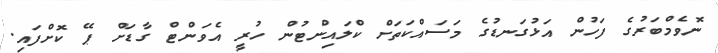
ނޮވެމްބަރުގެ ފަހުން އަޅުގަނޑުގެ މަސައްކަތަށް ކްލައިންޓުން ހުރީ އެވަންޓް ގާޑަށް ޕޭ ކޮށްފައި.